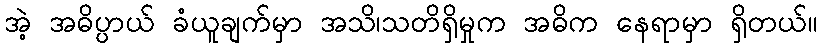
အဲ့ အဓိပ္ပာယ် ခံယူချက်မှာ အသိ၊သတိရှိမှုက အဓိက နေရာမှာ ရှိတယ်။